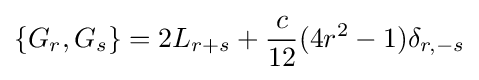
\{G_{r},G_{s}\}=2L_{r+s}+{\frac {c}{12}}(4r^{2}-1)\delta _{r,-s}